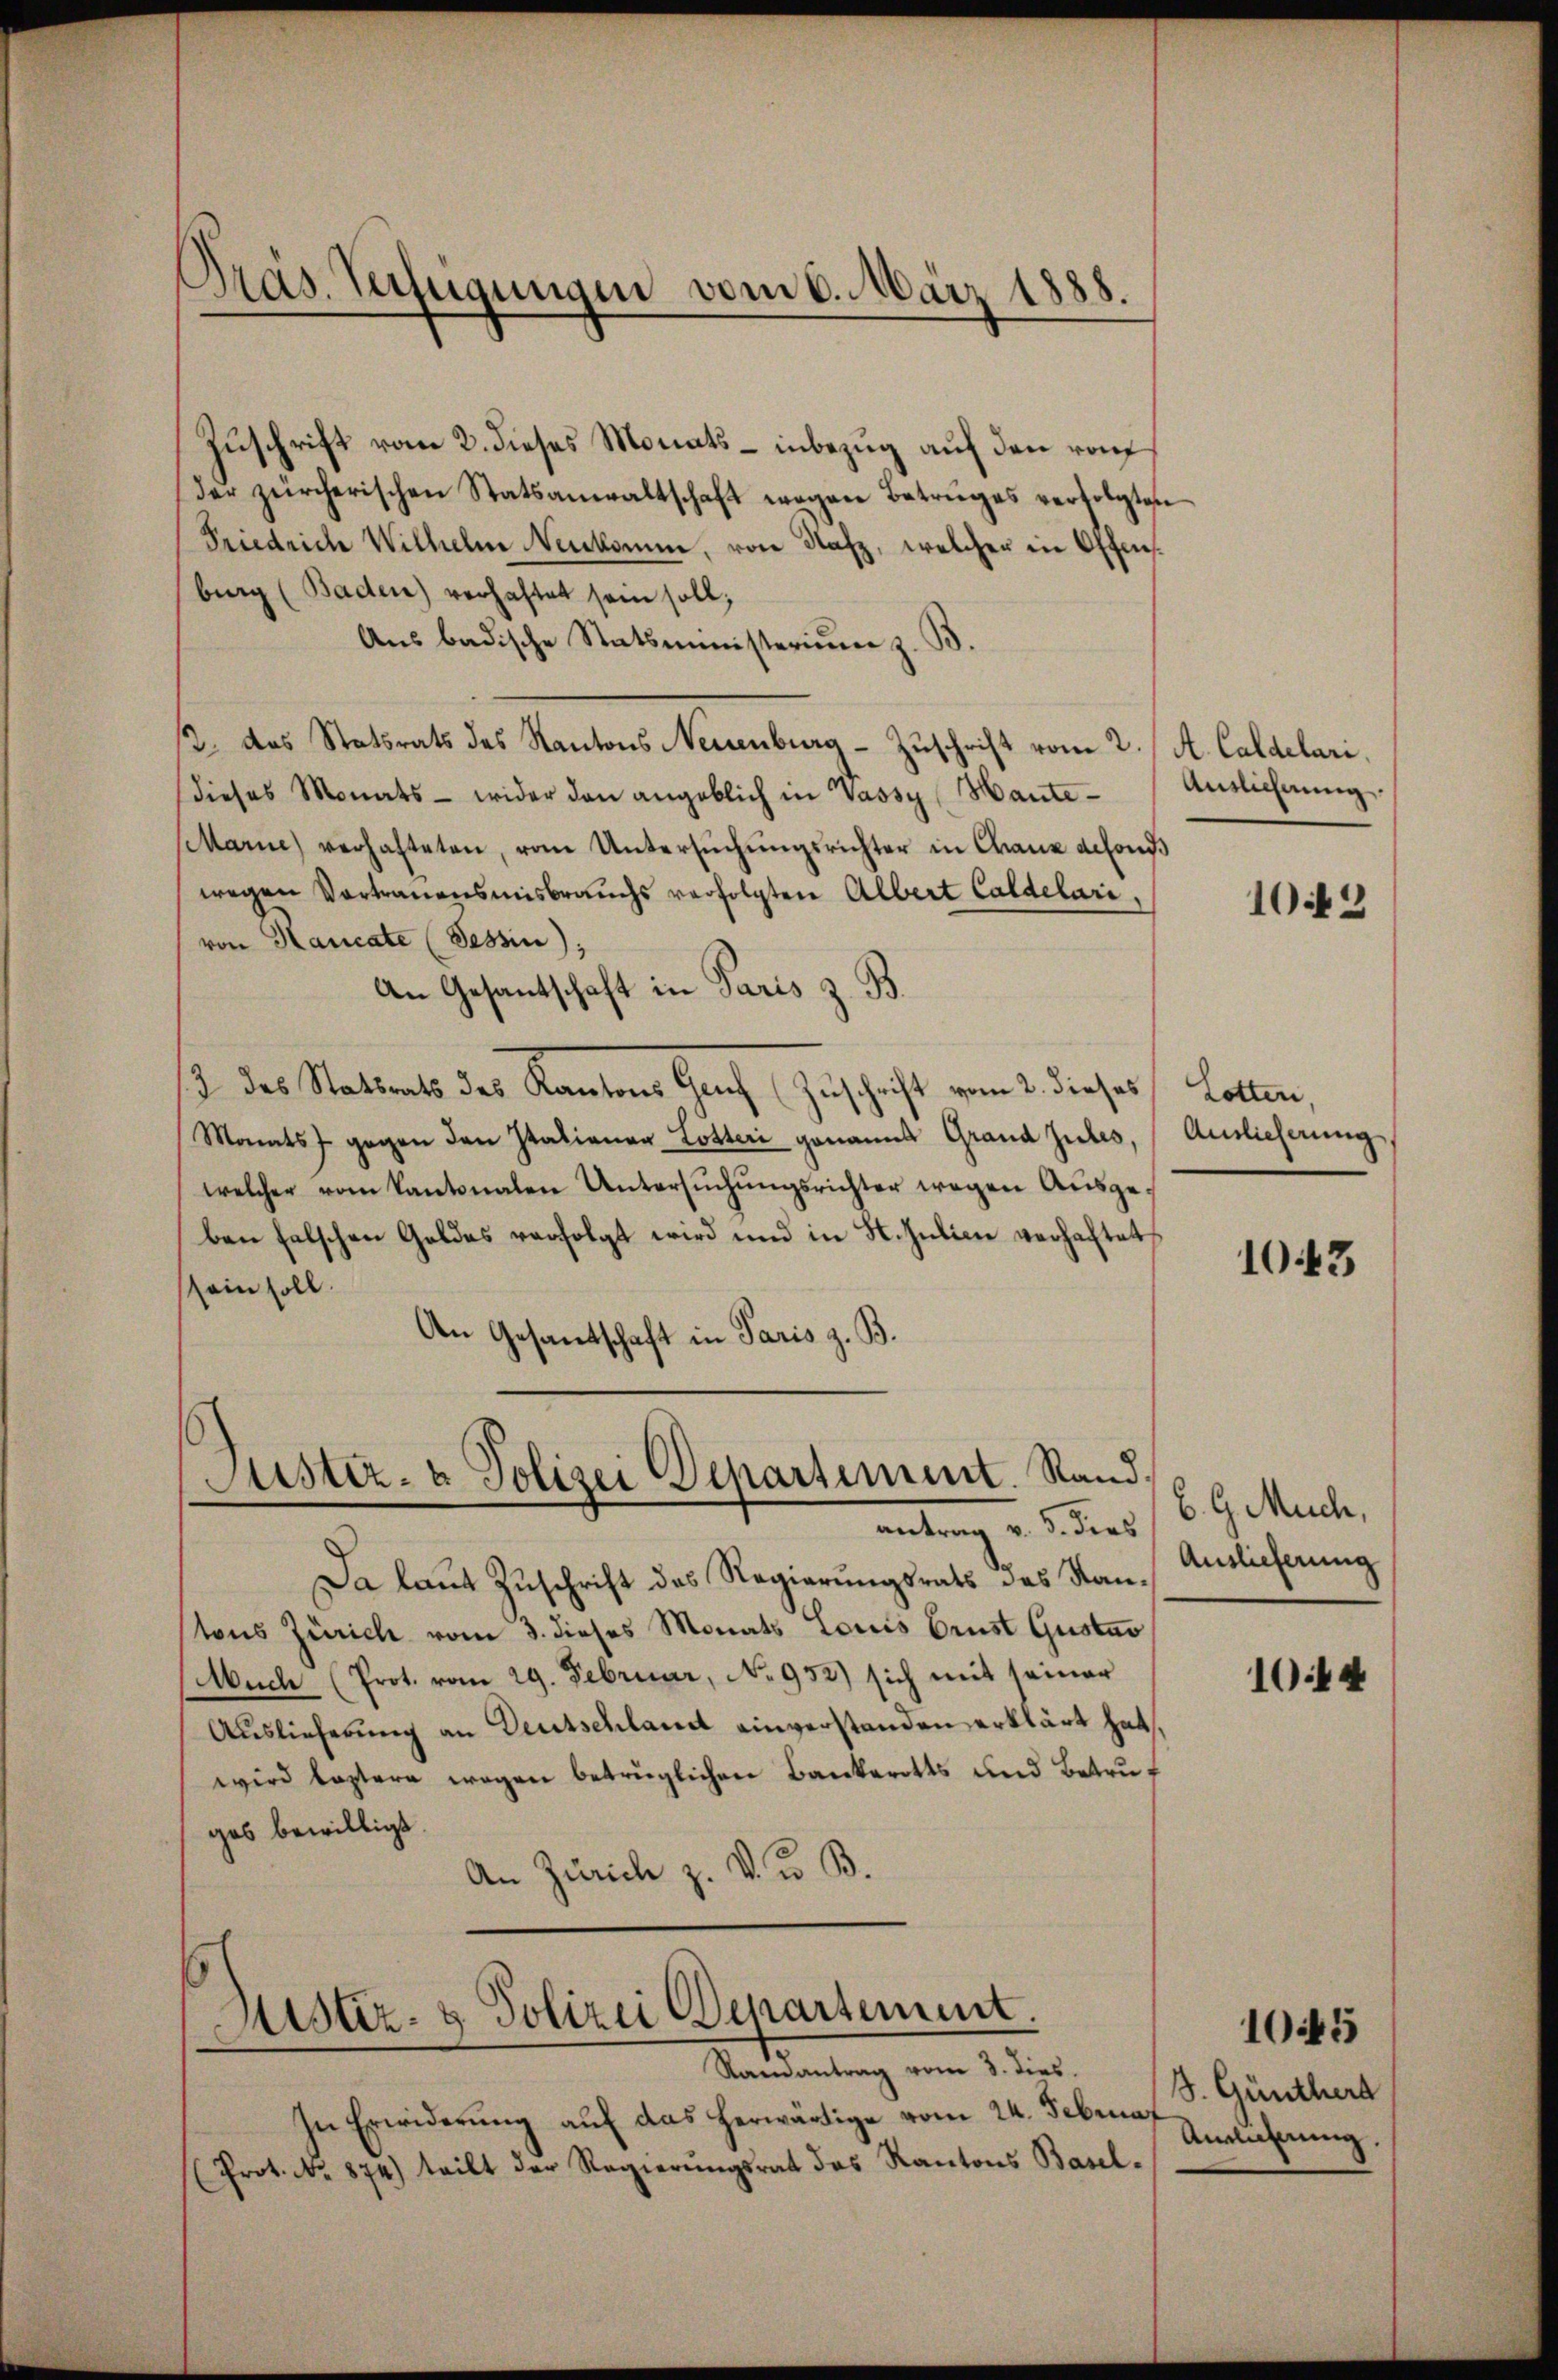
Zuschrift vom 2. dieses Monats - inbezug auf den rauf
der zürcherischen Statsanwaltschaft wegen Betruges verfolgten
Friedrich Wilhelm Neukomm, von Rafz, welcher in Offensburg (Baden) verhaftet sein soll;
Aus badische Statsministerium z. B.
2. das Statsrats des Kantons Neuenburg - Zuschrift vom 2. A. Caldelari
dieses Monats - wider den angeblich in Vassy Haute Ausliehnung
Marie verhafteten, vom Untersŭchŭngsrichter in Chaux acsons
wegen Vortrauensmisbrauchs verfolgten Albert Caldelari,
von Haucate (Tessin
An Gesantschaft in Paris z. B.
2 des Statsrats des Kantons Genf (Zuschrift vom 2. dieses Lotten,
Monats gegen den Italiener Lotteri genannt Grand Zules, Auslieferung,
welcher vom Kantonalen Untersŭchŭngsrichter wegen Ausgeben falschen Goldes verfolgt wird und in H. Julien verhaftet
sein soll.
An Gesandtschaft in Paris z. B.

Präs. Verfügungen vom 6. März 1888.

Justiz- & Polizei Departement. Stand
antrag v. 5. dies

Da laut Zuschrift des Regierungsrats des Stantons Zürich vom 3. dieses Monats Louis Brust Gustav
Auch (Prot. vom 29. Februar, No 952) sich mit seiner
Auslieferung an Deutschlandt einverstanden erklärt hat,
wird leztere wegen betrüglichen Bankerotts und Betruges bewilligt.
An Zürich z. V. u. B.

Mister- & Polizei Departement.
Stamantrag vom 3. dies.

In Erwiderung auf das herwärtige vom 24. Februar
(Prot. No. 874) teilt der Regierŭngsrat des Kantons Basel-

1042

1043

B. G. Much,
Auslieferung

1044

S. Güntherd
Anlehnung.

1045